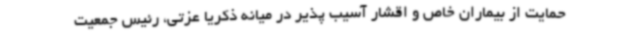
حمایت از بیماران خاص و اقشار آسیب پذیر در میانه ذکریا عزتی، رئیس جمعیت